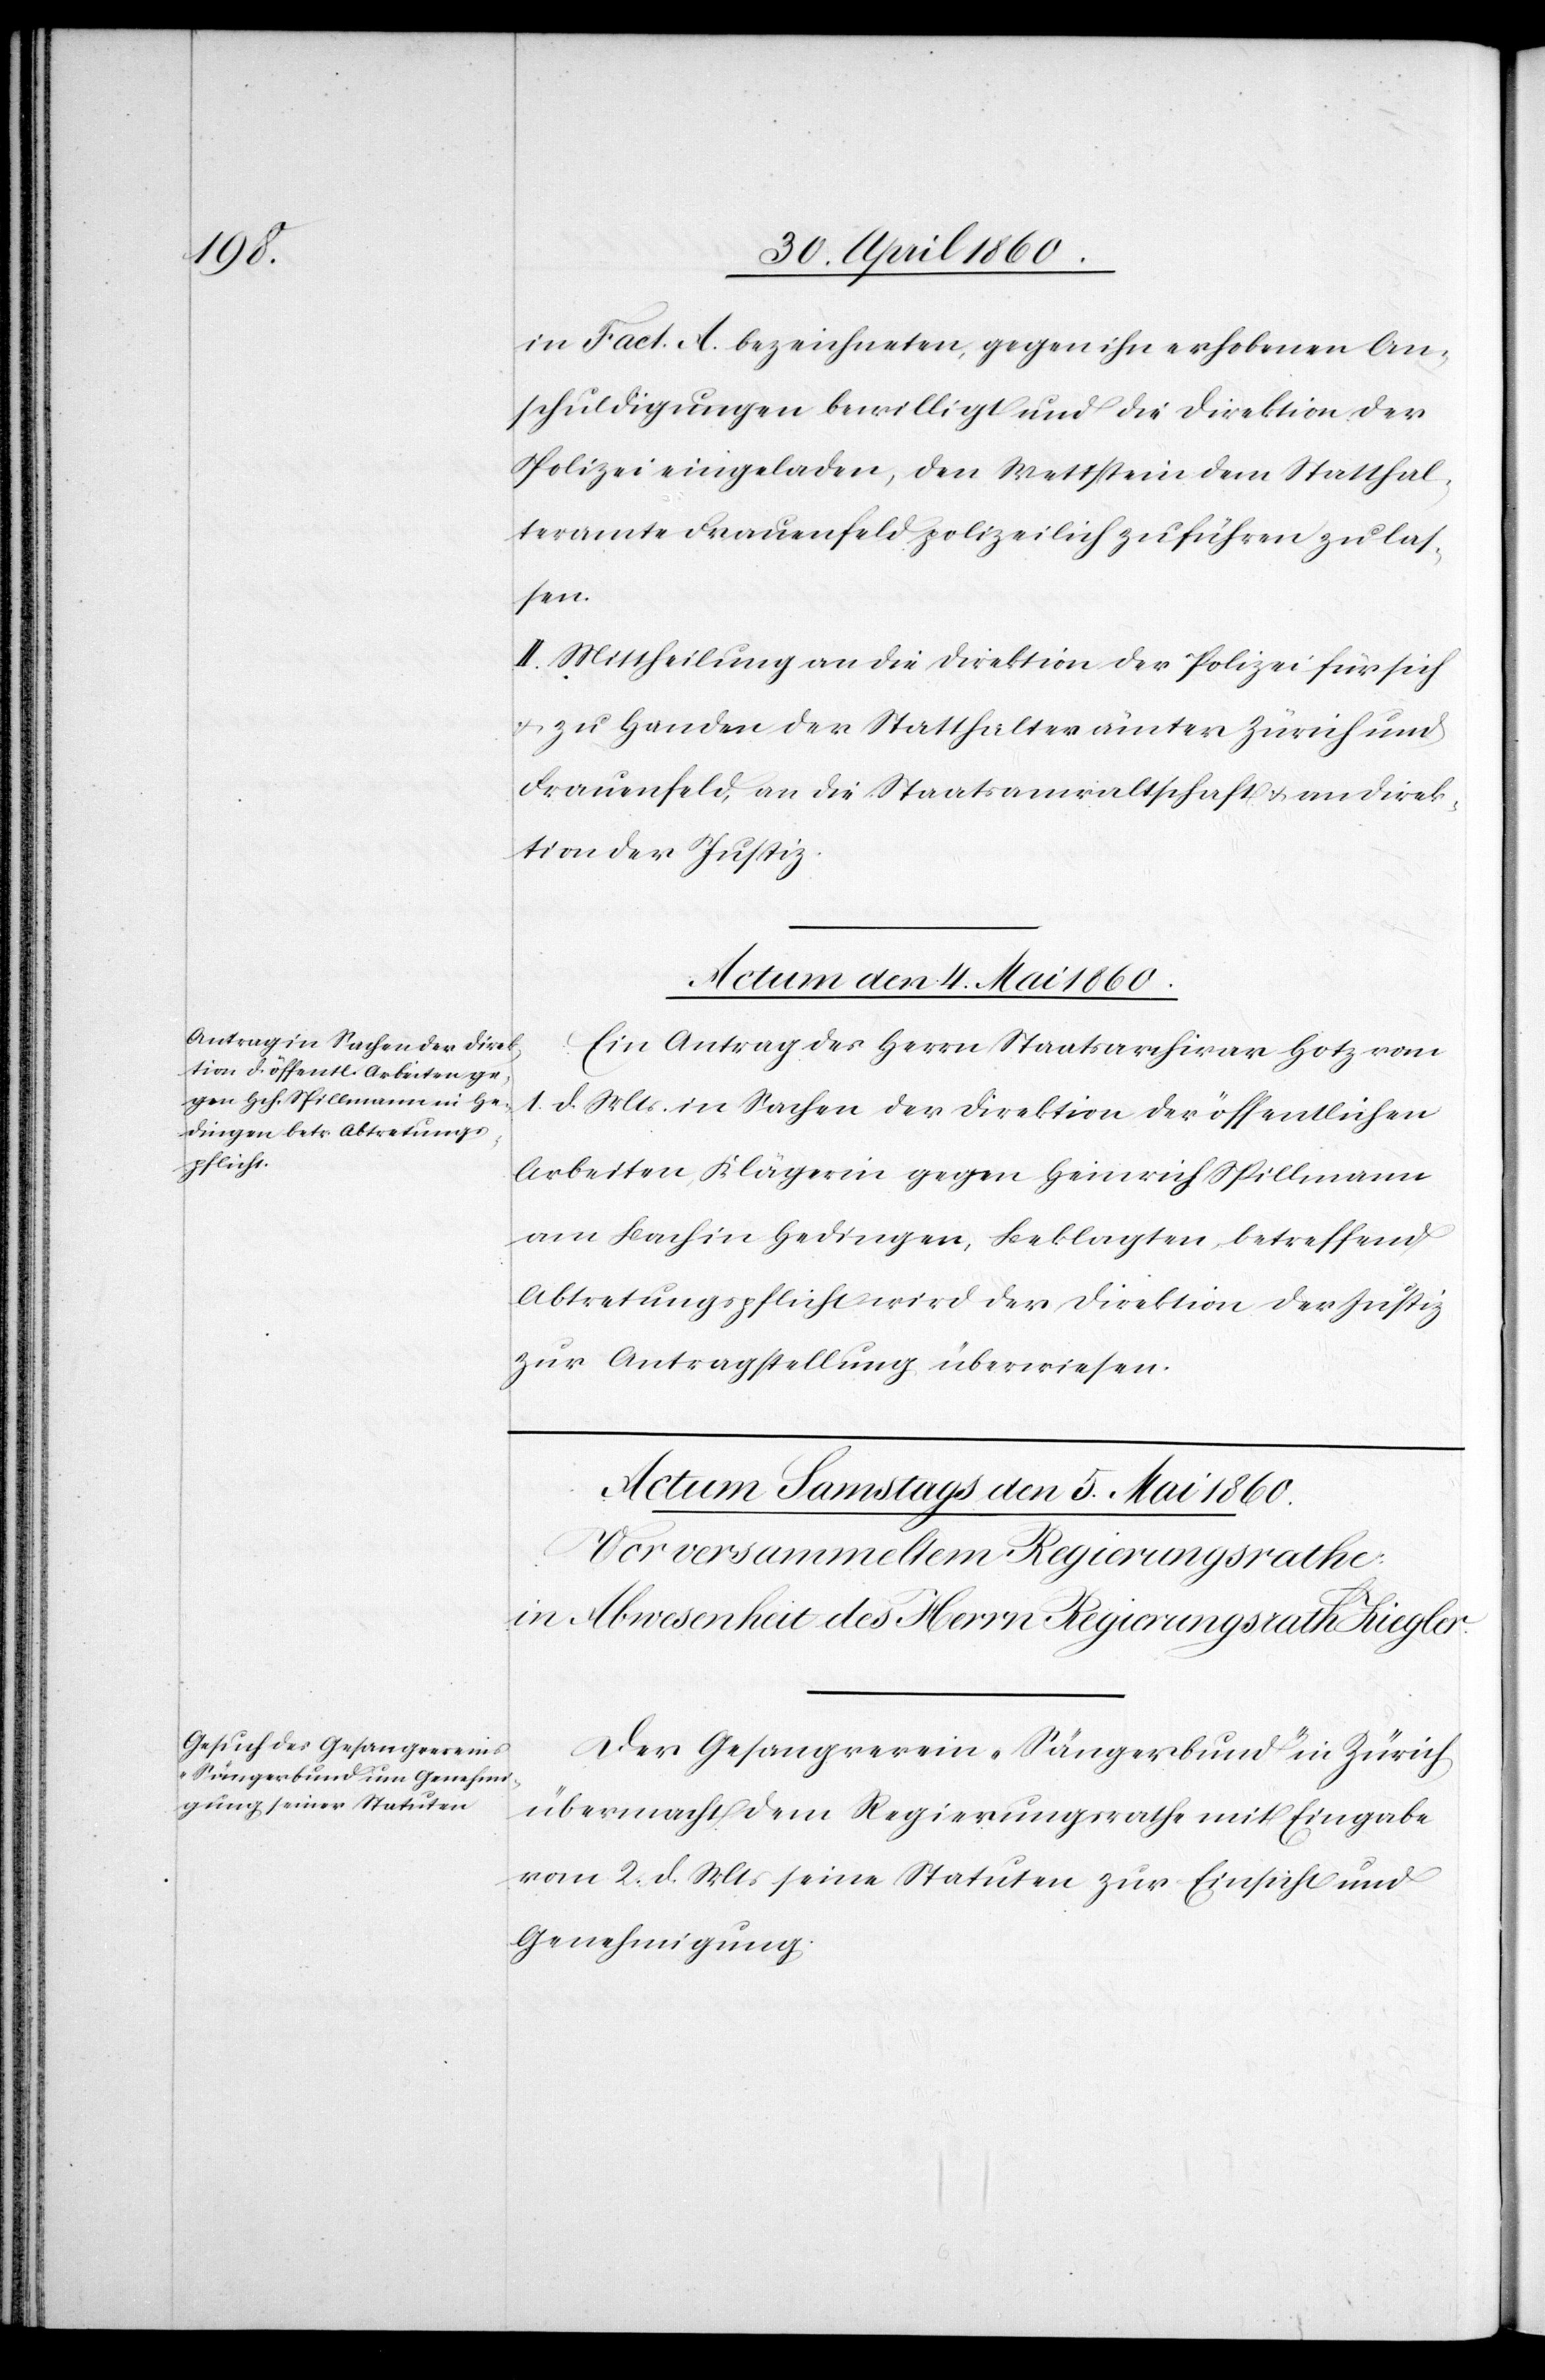
in Fact. A. bezeichneten, gegen ihn erhobenen An¬
schuldigungen bewilligt und die Direktion der
Polizei eingeladen, den Wettstein dem Statthal¬
teramte Frauenfeld polizeilich zuführen zu las¬
sen.
II. Mittheilung an die Direktion der Polizei für sich
u. zu Handen der Statthalterämter Zürich und
Frauenfeld, an die Staatsanwaltschaft u. an [die] Direk¬
tion der Justiz.
Actum den 4. Mai 1860.
Ein Antrag des Herrn Staatsarchivar Hotz vom
1. d. Mts. in Sachen der Direktion der öffentlichen
Arbeiten Klägerin gegen Heinrich Spillmann
am Bach in Hedingen, Beklagten betreffend
Abtretungspflicht wird der Direktion der Justiz
zur Antragstellung überwiesen.
Der Gesangverein „Sängerbund“ in Zürich
übermacht dem Regierungsrathe mit Eingabe
vom 2. d. Mts. seine Statuten zur Einsicht und
Genehmigung.